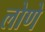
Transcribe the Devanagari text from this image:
लोणे